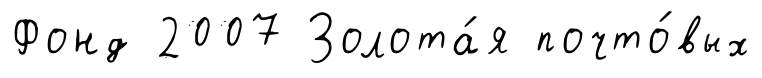
Фонд 2007 Золота́я почто́вых